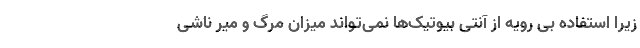
زیرا استفاده بی رویه از آنتی بیوتیک‌ها نمی‌تواند میزان مرگ و میر ناشی